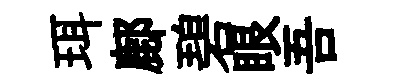
珥鄜碧眼吾